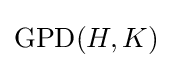
\operatorname {GPD} (H,K)